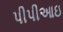
પીપીઆઇ